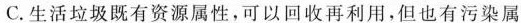
C.生活垃圾既有资源属性，可以回收再利用，但也有污染属